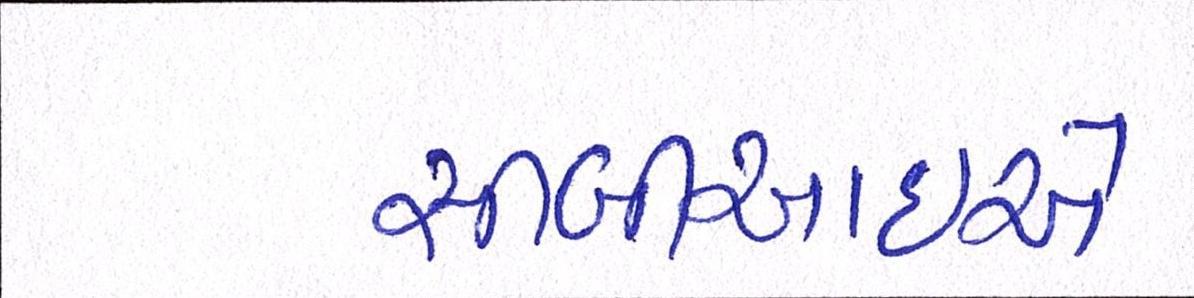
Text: સીબીઆઇએ